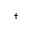
^ \dag